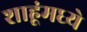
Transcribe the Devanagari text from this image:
शाहूंमध्ये